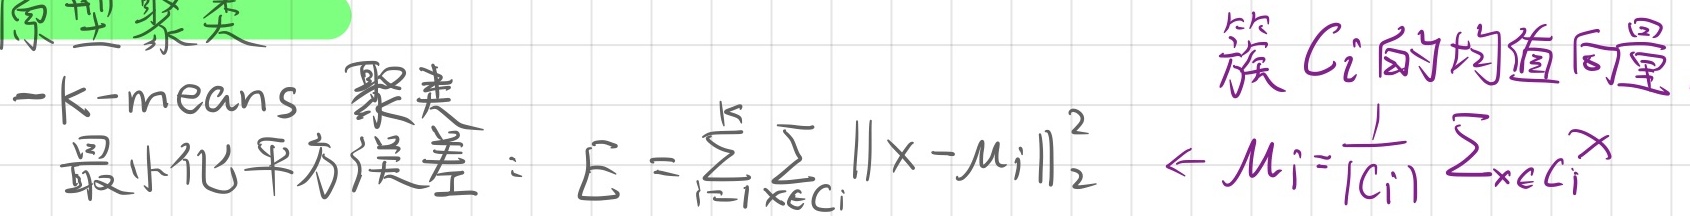
原型聚类 - k - means 聚类最小化平方误差：
\(E=\sum_{i = 1}^{k}\sum_{x\in C_{i}}\lVert x - \mu_{i}\rVert_{2}^{2}\) $\leftarrow$ \(\mu_{i}=\frac{1}{|C_{i}|}\sum_{x\in C_{i}}x\) ，其中\(\mu_{i}\)为簇 \(C_{i}\)的均值向量